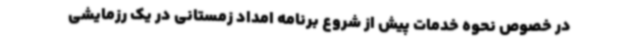
در خصوص نحوه خدمات پیش از شروع برنامه امداد زمستانی در یک رزمایشی